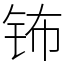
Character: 钸